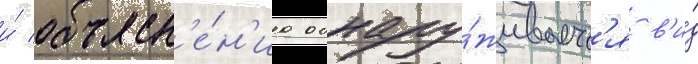
и́ объясн'е́н'иа обнару́живаетс'я в'и́д